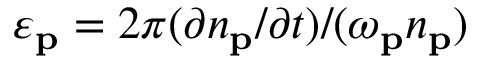
\varepsilon _ { \mathbf { p } } = 2 \pi ( \partial n _ { \mathbf { p } } / \partial t ) / ( \omega _ { \mathbf { p } } n _ { \mathbf { p } } )